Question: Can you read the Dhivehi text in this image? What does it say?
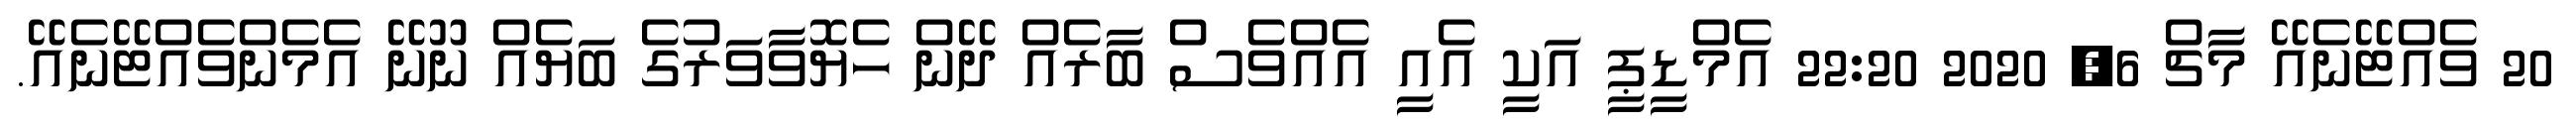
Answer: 20 ވެއްޓޭނެއޭ މާޗް 6, 2020 22:20 އެމްޑީޕީ އަކީ އެއީ އެއްވެސް ބާރެއް ދޭން ހެޔޮވާވަރުގެ ބަޔެއް ނޫނޭ އެމެންވެއްޓޭނެއޭ.